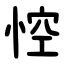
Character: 悾